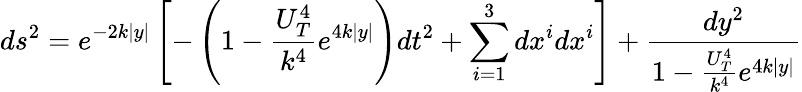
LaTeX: ds^{2}=e^{-2k\mid y\mid}\left[-\left(1-\frac{U_{T}^{4}}{k^{4}}e^{4k\mid y\mid}\right)dt^{2}+\sum_{i=1}^{3}dx^{i}dx^{i}\right]+\frac{dy^{2}}{1-\frac{U_{T}^{4}}{k^{4}}e^{4k\mid y\mid}}